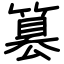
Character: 篡